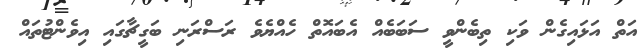
އަތް އަަޅައިގެން ވަކި ތިބެންވީ ސަބަބެއް އެބައޮތް ހެއްޔެވެ ރަސްރަނި ބަގީޗާގައި އިވެންޓުތައް